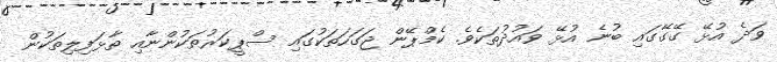
ވަދެ އުޅޭ ގޭގޭގައި ބުނެ އުޅޭ ވައުދުތަކެވެ. ކެމްޕޭން ޖަގަހަތަކުގައި ސްޕީކަރުތަކުންނާއި ތާޅަފިލިތަކުން